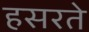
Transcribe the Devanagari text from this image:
हसरते